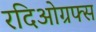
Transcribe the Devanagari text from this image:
रदिओग्रफ्स